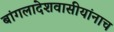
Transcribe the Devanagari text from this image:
बांगलादेशवासीयांनाच